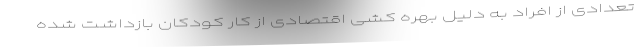
تعدادی از افراد به دلیل بهره کشی اقتصادی از کار کودکان بازداشت شده